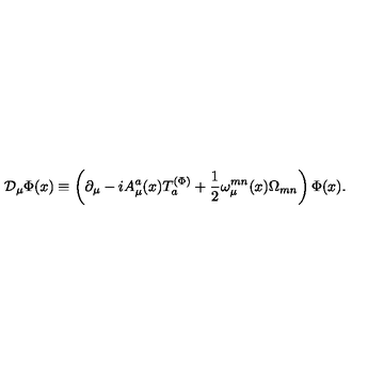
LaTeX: { \cal D } _ { \mu } \Phi ( x ) \equiv \left( \partial _ { \mu } - i { A _ { \mu } ^ { a } } ( x ) T _ { a } ^ { ( \Phi ) } + \frac 1 2 \omega _ { \mu } ^ { m n } ( x ) \Omega _ { m n } \right) \Phi ( x ) .